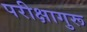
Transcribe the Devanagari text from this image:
परीक्षागुरू